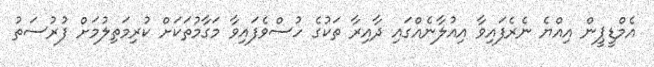
އެމްޑީޕީން އިއްޔެ ނެރެފައިވާ އިއުލާނެއްގައި ދާއިރާ ތަކުގެ ހުސްވެފައިވާ މަގާމުތަކަށް ކުރިމަތިލުމަށް ފުރުސަތު